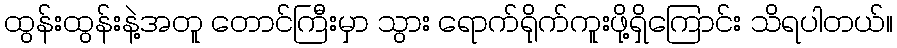
ထွန်းထွန်းနဲ့အတူ တောင်ကြီးမှာ သွား ရောက်ရိုက်ကူးဖို့ရှိကြောင်း သိရပါတယ်။